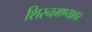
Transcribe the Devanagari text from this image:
शिस्नमण्यावर